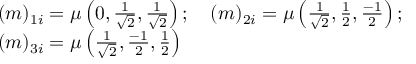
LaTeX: \begin{array} { l } { { ( m ) _ { 1 i } = \mu \left( 0 , \frac 1 { \sqrt { 2 } } , \frac 1 { \sqrt { 2 } } \right) ; \quad ( m ) _ { 2 i } = \mu \left( \frac 1 { \sqrt { 2 } } , \frac 1 2 , \frac { - 1 } 2 \right) ; } } \\ { { ( m ) _ { 3 i } = \mu \left( \frac 1 { \sqrt { 2 } } , \frac { - 1 } 2 , \frac 1 2 \right) } } \end{array}